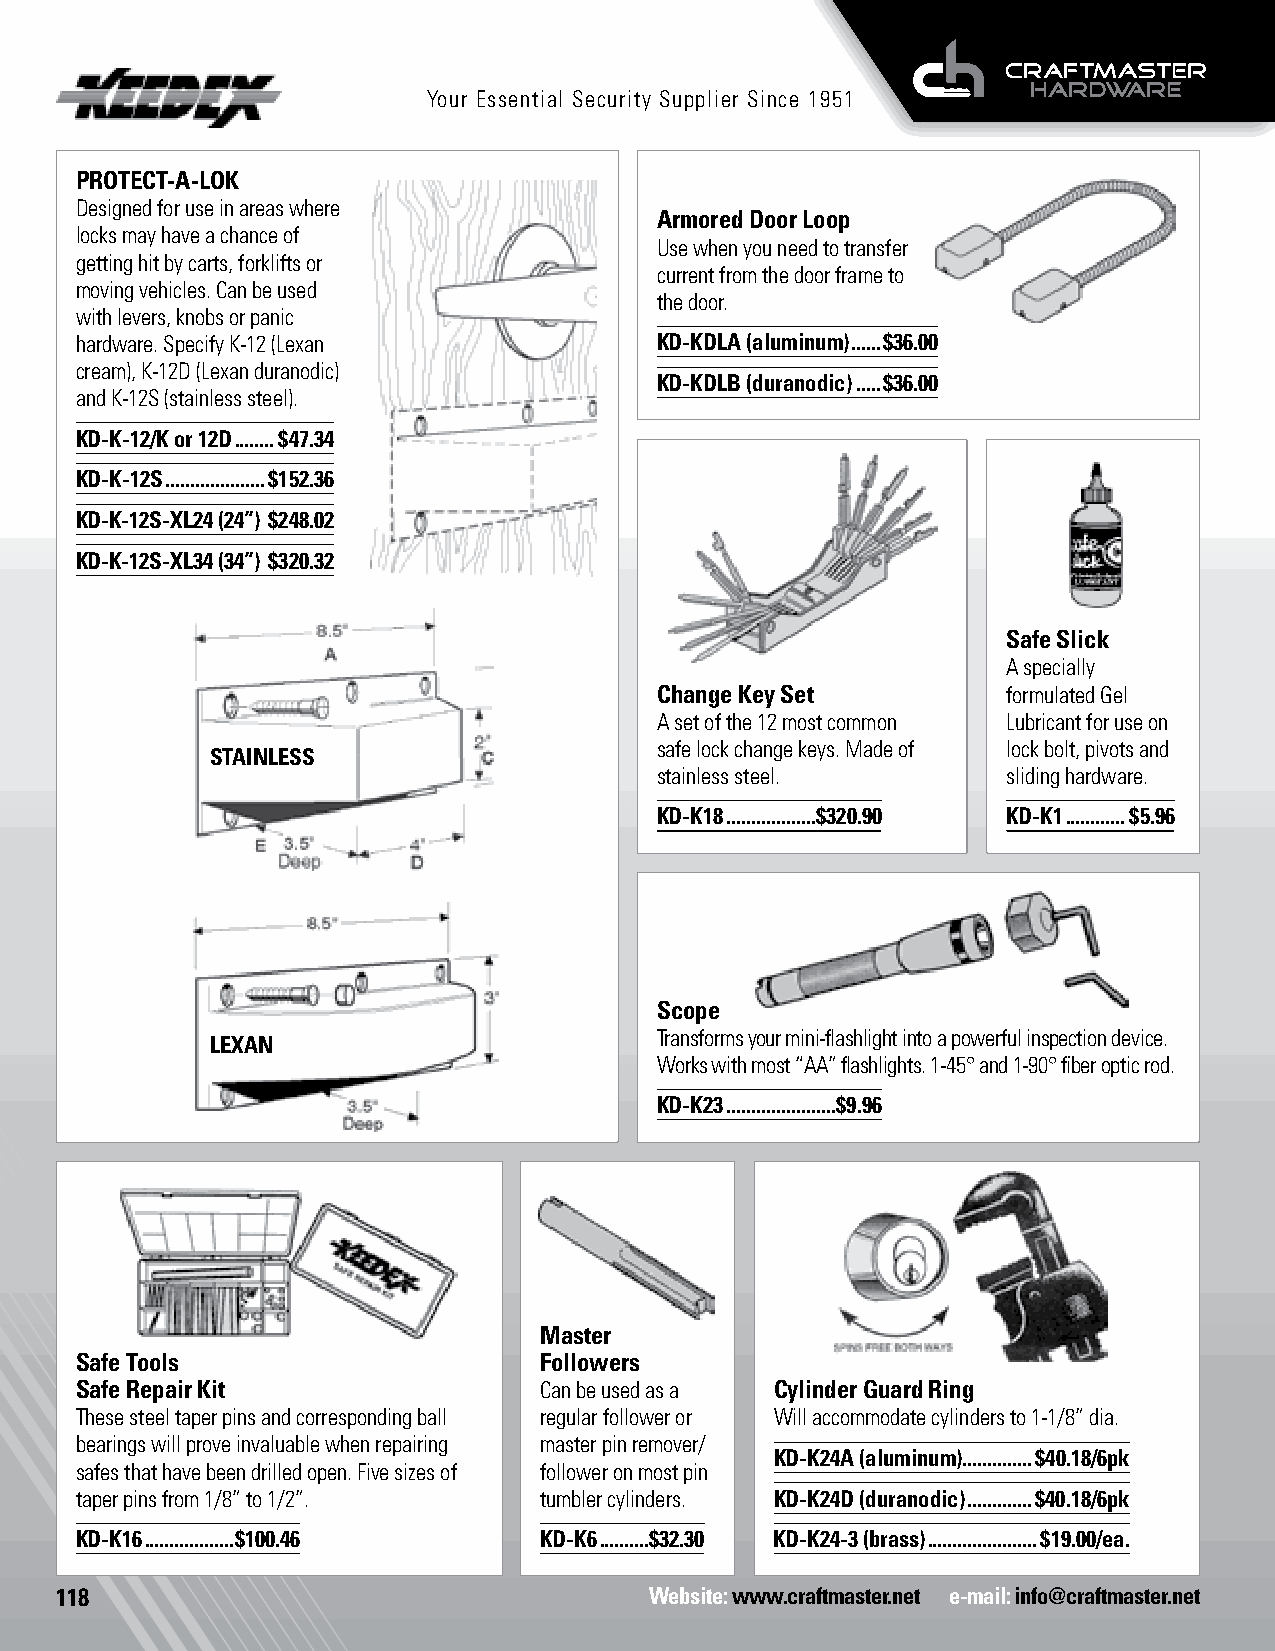
Your Essential Security Supplier Since 1951
 PROTECT-A-LOK
 Designed for use in areas where
 Armored Door Loop
 locks may have a chance of
 Use when you need to transfer
 getting hit by carts, forklifts or
 current from the door frame to
 moving vehicles. Can be used
 the door.
 with levers, knobs or panic
 hardware. Specify K-12 (Lexan         KD-KDLA (aluminum) ......$36.00
 cream), K-12D (Lexan duranodic)
 KD-KDLB (duranodic) .....$36.00
 and K-12S (stainless steel).
 KD-K-12/K or 12D ........$47.34
 KD-K-12S ....................$152.36
 KD-K-12S-XL24 (24”) $248.02
 KD-K-12S-XL34 (34”) $320.32
 Safe Slick
 A specially
 Change Key Set          formulated Gel
 A set of the 12 most common Lubricant for use on
 safe lock change keys. Made of lock bolt, pivots and
 STAINLESS
 stainless steel.        sliding hardware.
 KD-K18 ..................$320.90 KD-K1 ............$5.96
 Scope
 Transforms your mini-flashlight into a powerful inspection device.
 LEXAN
 Works with most “AA” flashlights. 1-45° and 1-90° fiber optic rod.
 KD-K23 ......................$9.96
 Master
 Safe Tools                     Followers
 Safe Repair Kit                Can be used as a Cylinder Guard Ring
 These steel taper pins and corresponding ball regular follower or Will accommodate cylinders to 1-1/8” dia.
 bearings will prove invaluable when repairing master pin remover/
 KD-K24A (aluminum). .............$40.18/6pk
 safes that have been drilled open. Five sizes of follower on most pin
 taper pins from 1/8” to 1/2”.  tumbler cylinders. KD-K24D (duranodic) .............$40.18/6pk
 KD-K16 ..................$100.46 KD-K6 ..........$32.30 KD-K24-3 (brass) ......................$19.00/ea.
 118                                    Website: www.craftmaster.net e-mail: info@craftmaster.net